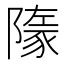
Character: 𧱞